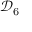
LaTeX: { \mathcal { D } } _ { 6 }